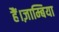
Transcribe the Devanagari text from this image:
हैं।ज़ाम्बिया